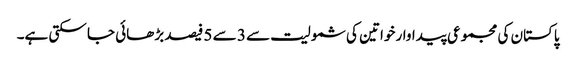
پاکستان کی مجموعی پیداوار خواتین کی شمولیت سے 3 سے 5 فیصد بڑھائی جا سکتی ہے۔